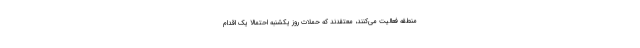
منطقه فعالیت می‌کنند، معتقدند که حملات روز یکشنبه احتمالا یک اقدام